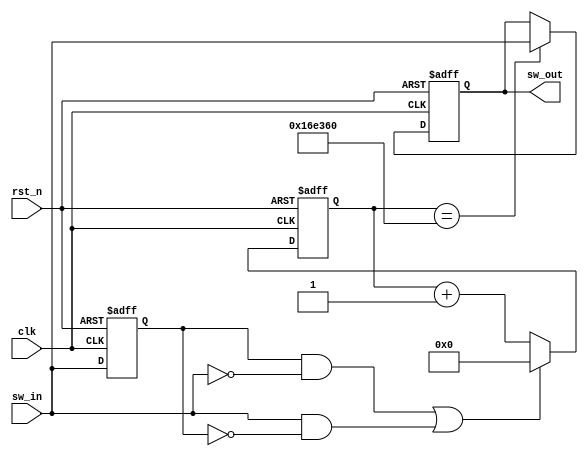
module keyscan_h(
    input clk,
    input rst_n,
    input sw_in,
    output reg sw_out
    );
	
	//10
	reg sw_in_r0;
	
	always @ (posedge clk or posedge rst_n) begin
		if(rst_n) begin
			sw_in_r0 <= 1;
		end
		else begin
			sw_in_r0 <= sw_in;
		end
	end
	
	wire edge_l, edge_h;
	assign edge_l = sw_in_r0 & (~sw_in); //
	assign edge_h = sw_in & (~sw_in_r0);//
	
	wire edge_en; //edge_en
	assign edge_en = edge_l | edge_h;
	
	reg [32:0] count;
	always @ (posedge clk or posedge rst_n) begin
		if(rst_n) begin
			count <= 0;
		end
		else if(edge_en) begin
			count <= 0;
		end
		else begin
			count <= count + 1;
		end
	
	end
	
	always @ (posedge clk or posedge rst_n) begin
		if(rst_n) begin
			sw_out <= 1'b1;
		end
		else if(count == 32'h16e360) begin
			sw_out <= sw_in;
		end
		else begin
			;
		end
	end
	
	
endmodule